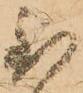
至